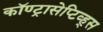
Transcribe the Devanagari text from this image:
कॉण्ट्रासेप्टिव्ह्स